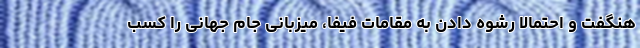
هنگفت و احتمالا رشوه دادن به مقامات فیفا، میزبانی جام جهانی را کسب